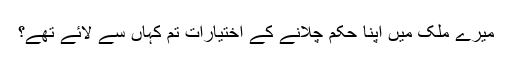
میرے ملک میں اپنا حکم چلانے کے اختیارات تم کہاں سے لائے تھے؟